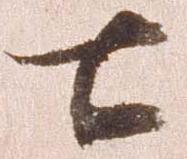
七